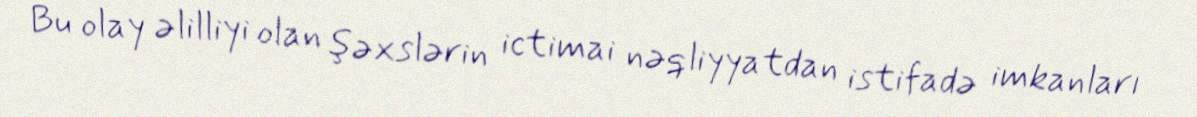
Bu olay əlilliyi olan şəxslərin ictimai nəqliyyatdan istifadə imkanları